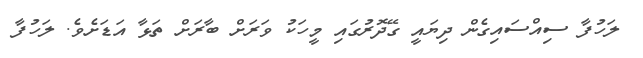
ލަހުފާ ސިއްސައިގެން ދިޔައީ ގޭދޮރުގައި މީހަކު ވަރަށް ބާރަށް ތަޅާ އަޑަށެވެ. ލަހުފާ